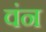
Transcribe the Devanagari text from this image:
वंन